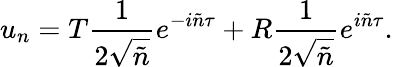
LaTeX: u_{n}=T\frac{1}{2\sqrt{\tilde{n}}}e^{-i\tilde{n}\tau}+R\frac{1}{2\sqrt{\tilde{n}}}e^{i\tilde{n}\tau}.